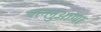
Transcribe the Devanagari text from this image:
बल्लुआणा